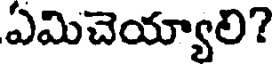
ఏమిచెయ్యాలి?